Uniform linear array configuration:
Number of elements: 32
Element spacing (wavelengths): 0.25
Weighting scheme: cosine
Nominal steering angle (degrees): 30
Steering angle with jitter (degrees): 31.498
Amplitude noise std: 0.05
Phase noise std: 0.05

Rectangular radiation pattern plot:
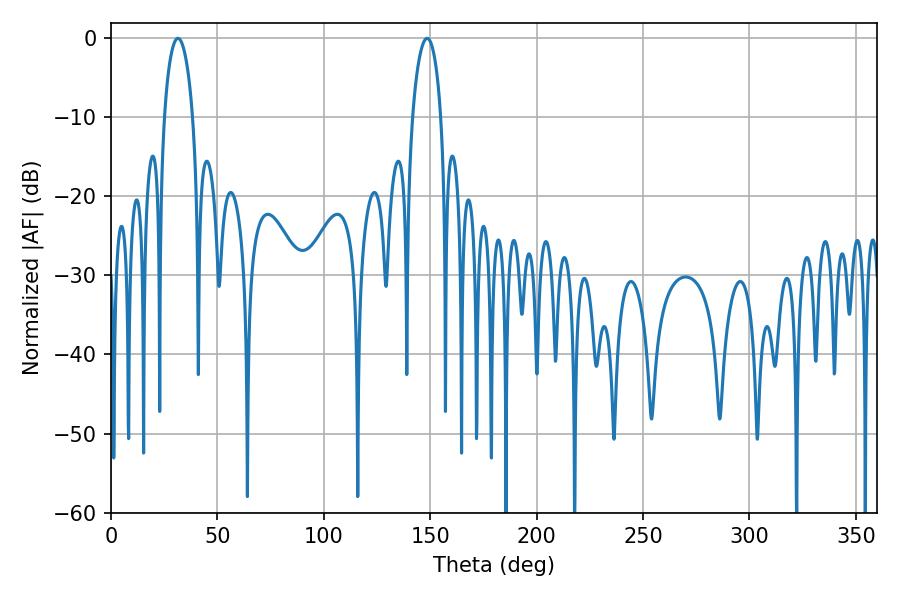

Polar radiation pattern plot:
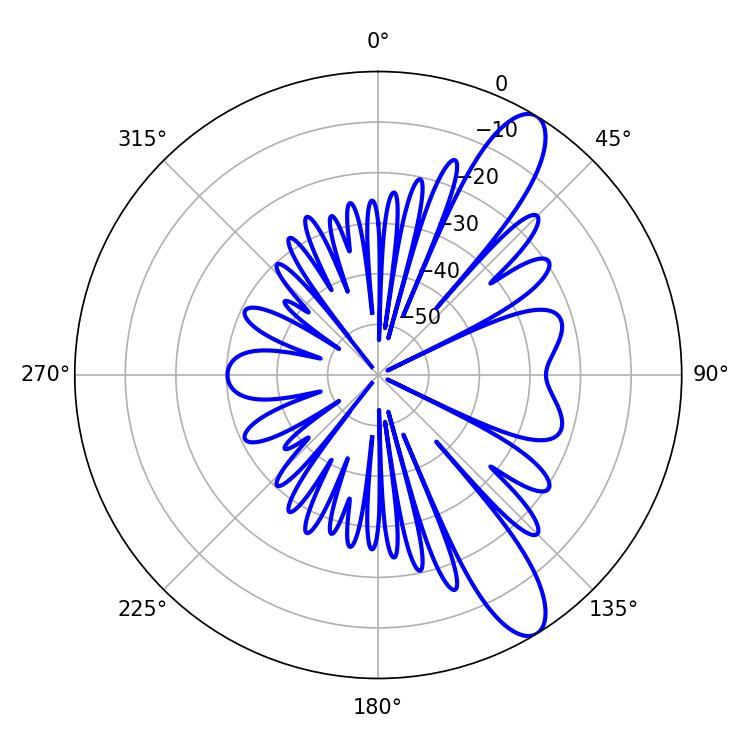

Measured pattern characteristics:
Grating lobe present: FALSE
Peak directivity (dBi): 11.094
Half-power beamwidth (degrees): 7.56
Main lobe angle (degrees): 31.5